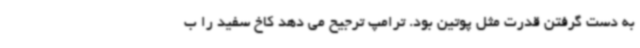
به دست گرفتن قدرت مثل پوتین بود. ترامپ ترجیح می دهد کاخ سفید را ب